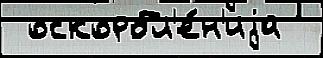
 оскорбл'е́н'иjа